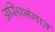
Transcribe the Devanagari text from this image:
अस्थिभंगात